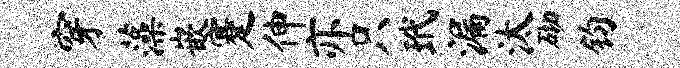
穿藻嵌蹇伸亦只玳漏汰砌钧